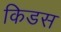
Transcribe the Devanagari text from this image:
किडस